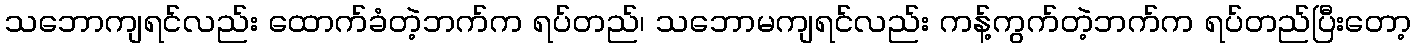
သဘောကျရင်လည်း ထောက်ခံတဲ့ဘက်က ရပ်တည်၊ သဘောမကျရင်လည်း ကန့်ကွက်တဲ့ဘက်က ရပ်တည်ပြီးတော့